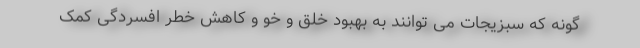
گونه که سبزیجات می توانند به بهبود خلق و خو و کاهش خطر افسردگی کمک